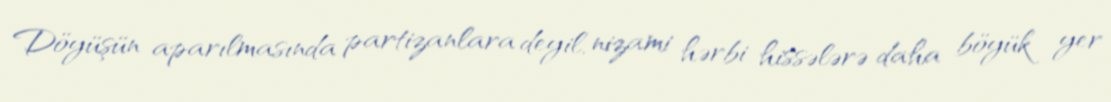
Döyüşün aparılmasında partizanlara deyil, nizami hərbi hissələrə daha böyük yer